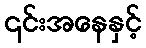
၎င်းအနေနှင့်